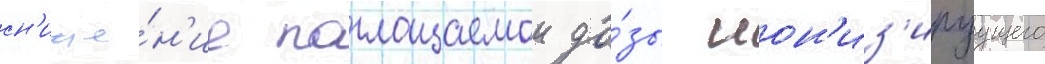
сн'иже́н'ие поглощаемои до́зы ион'из'ируущего